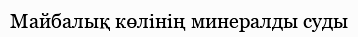
Майбалық көлінің минералды суды